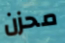
محزن